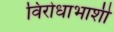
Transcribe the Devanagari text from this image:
विरोधाभाशी